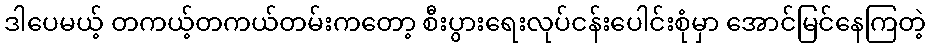
ဒါပေမယ့် တကယ့်တကယ်တမ်းကတော့ စီးပွားရေးလုပ်ငန်းပေါင်းစုံမှာ အောင်မြင်နေကြတဲ့